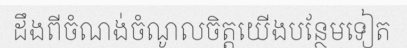
ដឹងពីចំណង់ចំណូលចិត្តយើងបន្ថែមទៀត